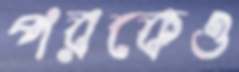
পরকেও